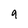
Character: 9